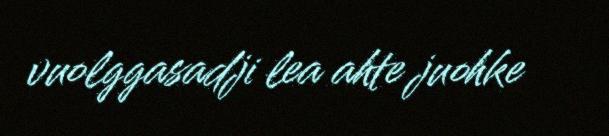
vuolggasadji lea ahte juohke